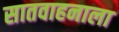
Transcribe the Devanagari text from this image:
सातवाहनाला